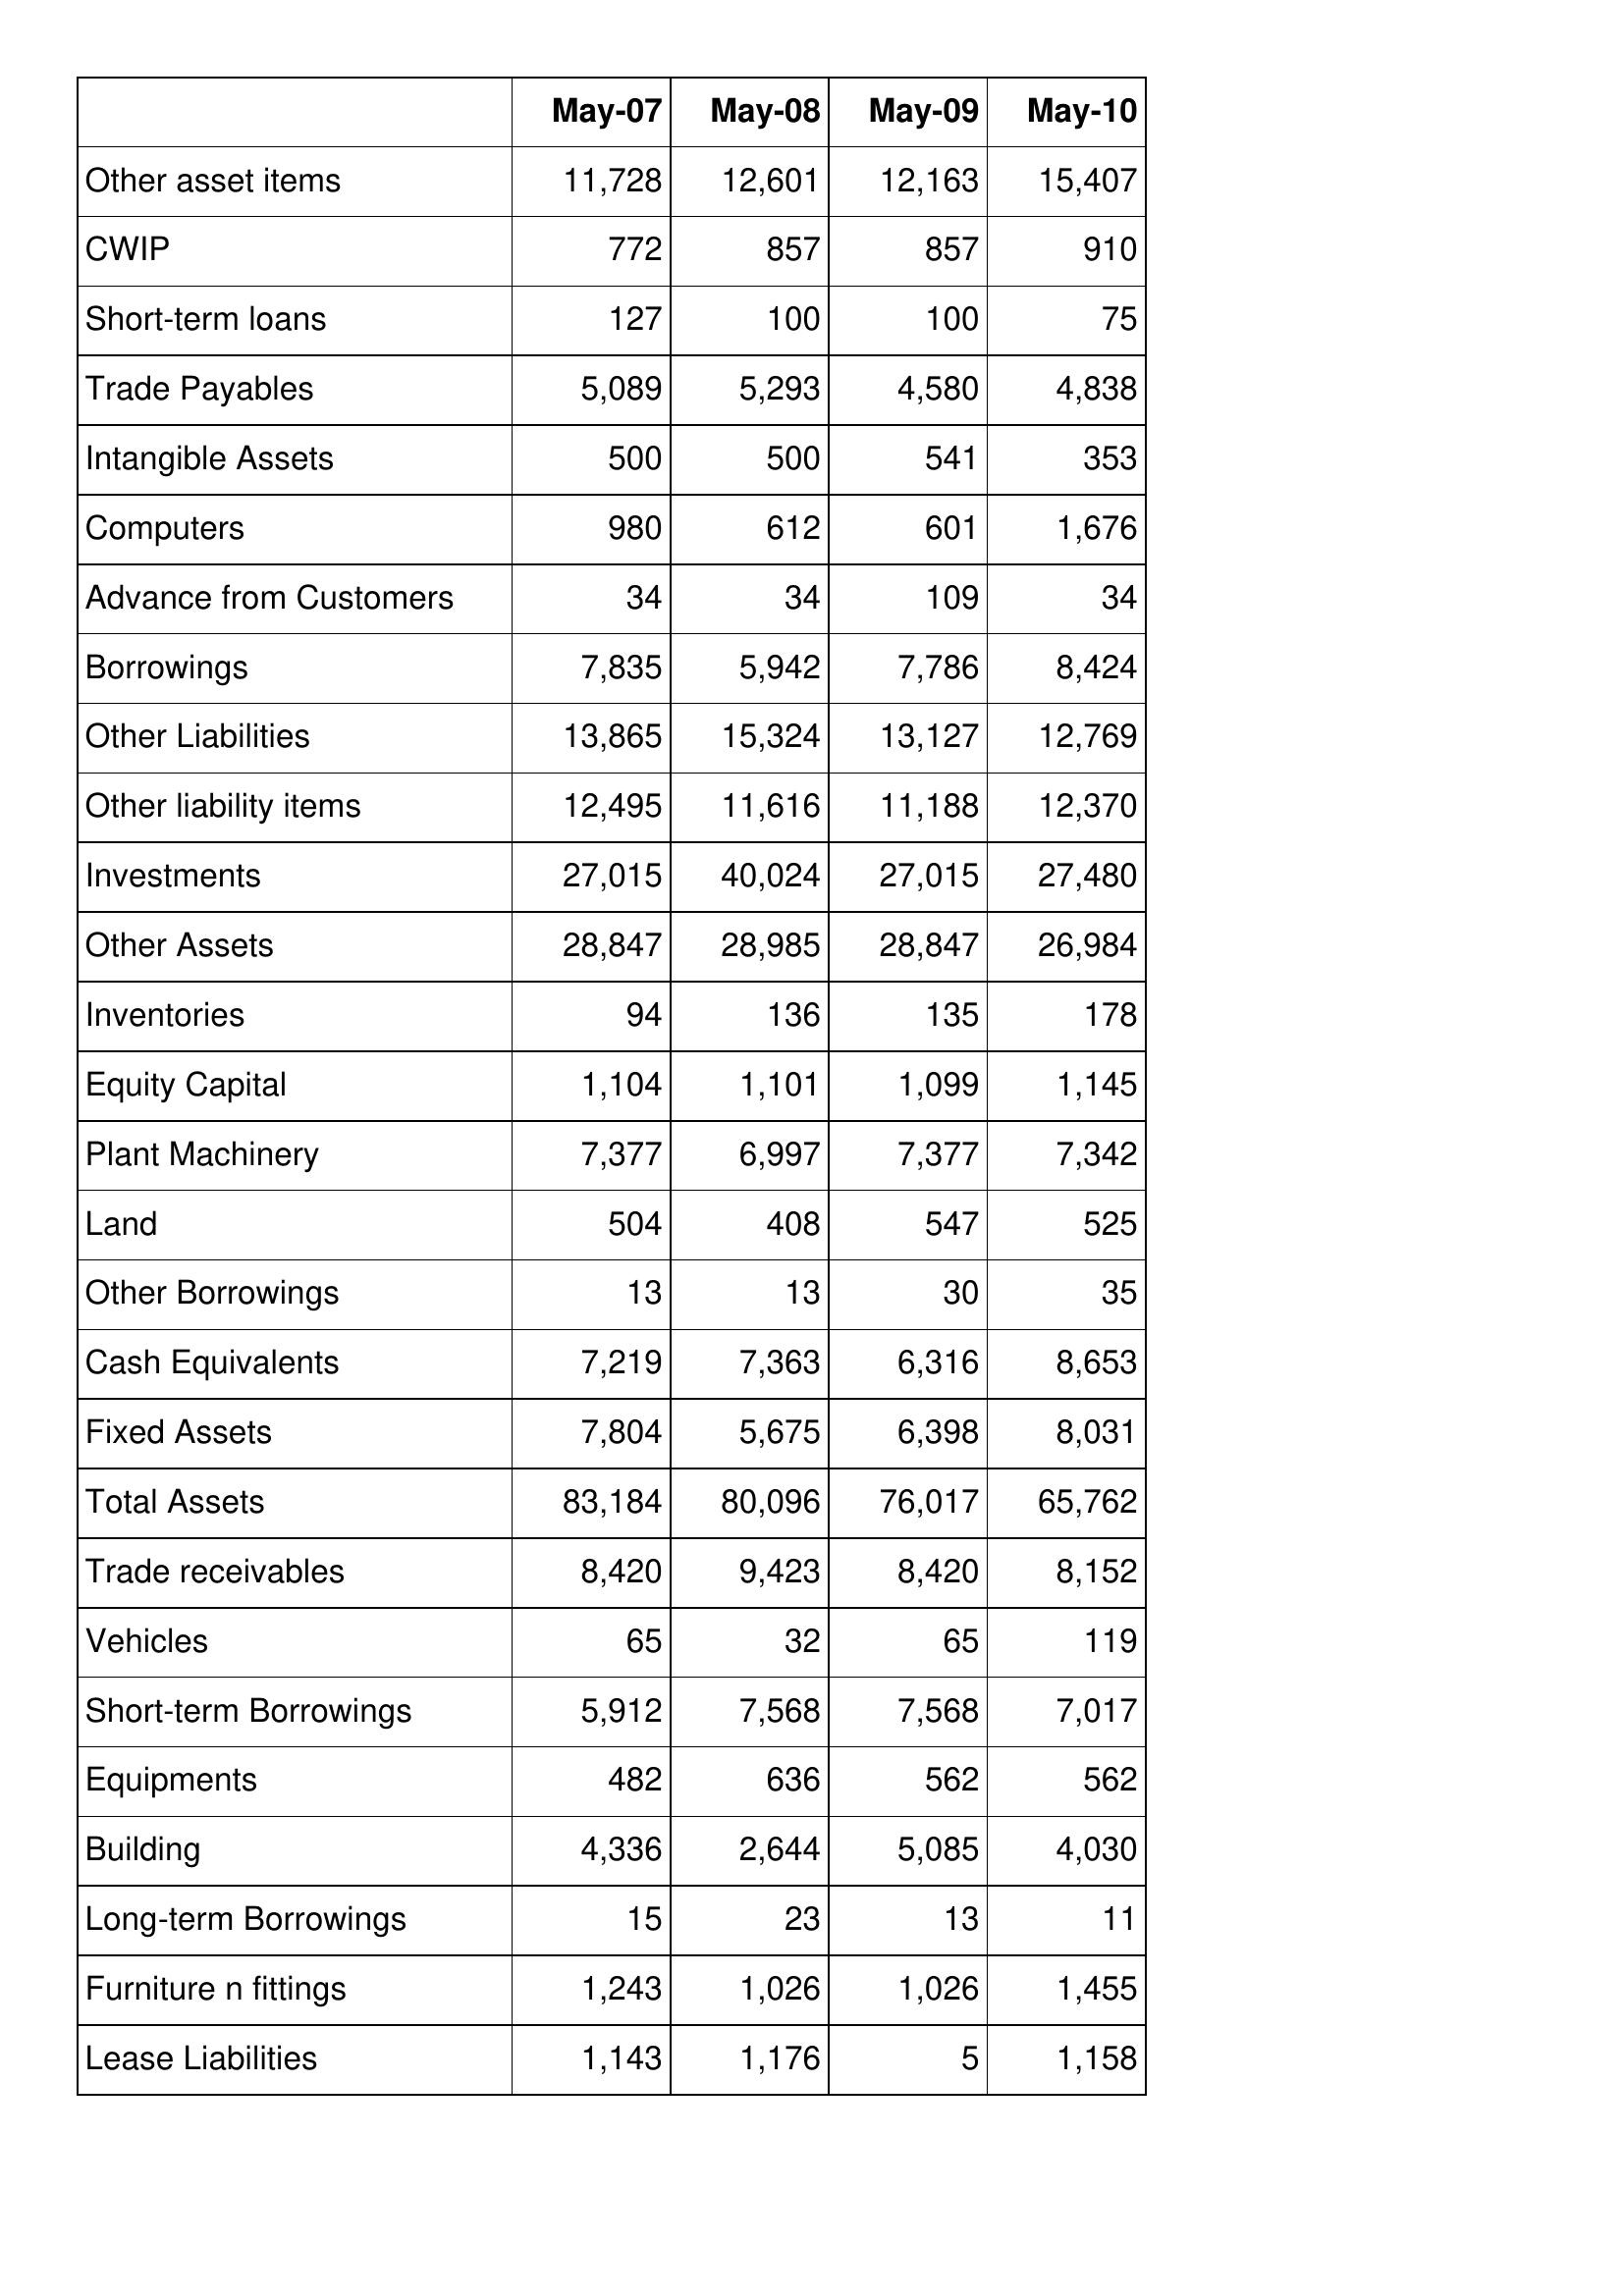
May-07: Balance Sheet: Other asset items: 11,728
CWIP: 772
Short-term loans: 127
Trade Payables: 5,089
Intangible Assets: 500
Computers: 980
Advance from Customers: 34
Borrowings: 7,835
Other Liabilities: 13,865
Other liability items: 12,495
Investments: 27,015
Other Assets: 28,847
Inventories: 94
Equity Capital: 1,104
Plant Machinery: 7,377
Land: 504
Other Borrowings: 13
Cash Equivalents: 7,219
Fixed Assets: 7,804
Total Assets: 83,184
Trade receivables: 8,420
Vehicles: 65
Short-term Borrowings: 5,912
Equipments: 482
Building: 4,336
Long-term Borrowings: 15
Furniture n fittings: 1,243
Lease Liabilities: 1,143
May-08: Balance Sheet: Other asset items: 12,601
CWIP: 857
Short-term loans: 100
Trade Payables: 5,293
Intangible Assets: 500
Computers: 612
Advance from Customers: 34
Borrowings: 5,942
Other Liabilities: 15,324
Other liability items: 11,616
Investments: 40,024
Other Assets: 28,985
Inventories: 136
Equity Capital: 1,101
Plant Machinery: 6,997
Land: 408
Other Borrowings: 13
Cash Equivalents: 7,363
Fixed Assets: 5,675
Total Assets: 80,096
Trade receivables: 9,423
Vehicles: 32
Short-term Borrowings: 7,568
Equipments: 636
Building: 2,644
Long-term Borrowings: 23
Furniture n fittings: 1,026
Lease Liabilities: 1,176
May-09: Balance Sheet: Other asset items: 12,163
CWIP: 857
Short-term loans: 100
Trade Payables: 4,580
Intangible Assets: 541
Computers: 601
Advance from Customers: 109
Borrowings: 7,786
Other Liabilities: 13,127
Other liability items: 11,188
Investments: 27,015
Other Assets: 28,847
Inventories: 135
Equity Capital: 1,099
Plant Machinery: 7,377
Land: 547
Other Borrowings: 30
Cash Equivalents: 6,316
Fixed Assets: 6,398
Total Assets: 76,017
Trade receivables: 8,420
Vehicles: 65
Short-term Borrowings: 7,568
Equipments: 562
Building: 5,085
Long-term Borrowings: 13
Furniture n fittings: 1,026
Lease Liabilities: 5
May-10: Balance Sheet: Other asset items: 15,407
CWIP: 910
Short-term loans: 75
Trade Payables: 4,838
Intangible Assets: 353
Computers: 1,676
Advance from Customers: 34
Borrowings: 8,424
Other Liabilities: 12,769
Other liability items: 12,370
Investments: 27,480
Other Assets: 26,984
Inventories: 178
Equity Capital: 1,145
Plant Machinery: 7,342
Land: 525
Other Borrowings: 35
Cash Equivalents: 8,653
Fixed Assets: 8,031
Total Assets: 65,762
Trade receivables: 8,152
Vehicles: 119
Short-term Borrowings: 7,017
Equipments: 562
Building: 4,030
Long-term Borrowings: 11
Furniture n fittings: 1,455
Lease Liabilities: 1,158